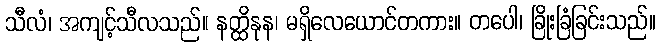
သီလံ၊ အကျင့်သီလသည်။ နတ္ထိနုန၊ မရှိလေယောင်တကား။ တပေါ၊ ခြိုးခြံခြင်းသည်။